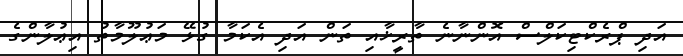
އަދި ޕްރެކްޓިކަލްސް އޮންނާނެ ތާރީޚާއި ތަން އަދި އެކަމާ ގުޅޭ މަޢުލޫމާތު އިޢުލާންގެ